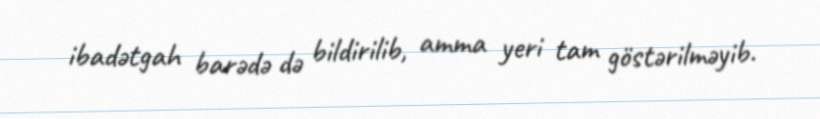
ibadətgah barədə də bildirilib, amma yeri tam göstərilməyib.